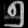
Digit: ၅